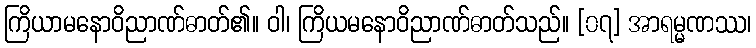
ကြိယာမနောဝိညာဏ်ဓာတ်၏။ ဝါ၊ ကြိယမနောဝိညာဏ်ဓာတ်သည်။ [၀၇] အာရမ္မဏဿ၊